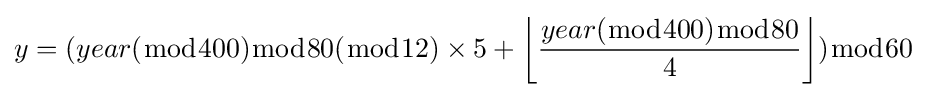
y=(year({\bmod {4}}00){\bmod {8}}0({\bmod {1}}2)\times 5+\left\lfloor {\frac {year({\bmod {4}}00){\bmod {8}}0}{4}}\right\rfloor ){\bmod {6}}0